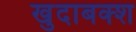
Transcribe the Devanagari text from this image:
खुदाबक्‍श